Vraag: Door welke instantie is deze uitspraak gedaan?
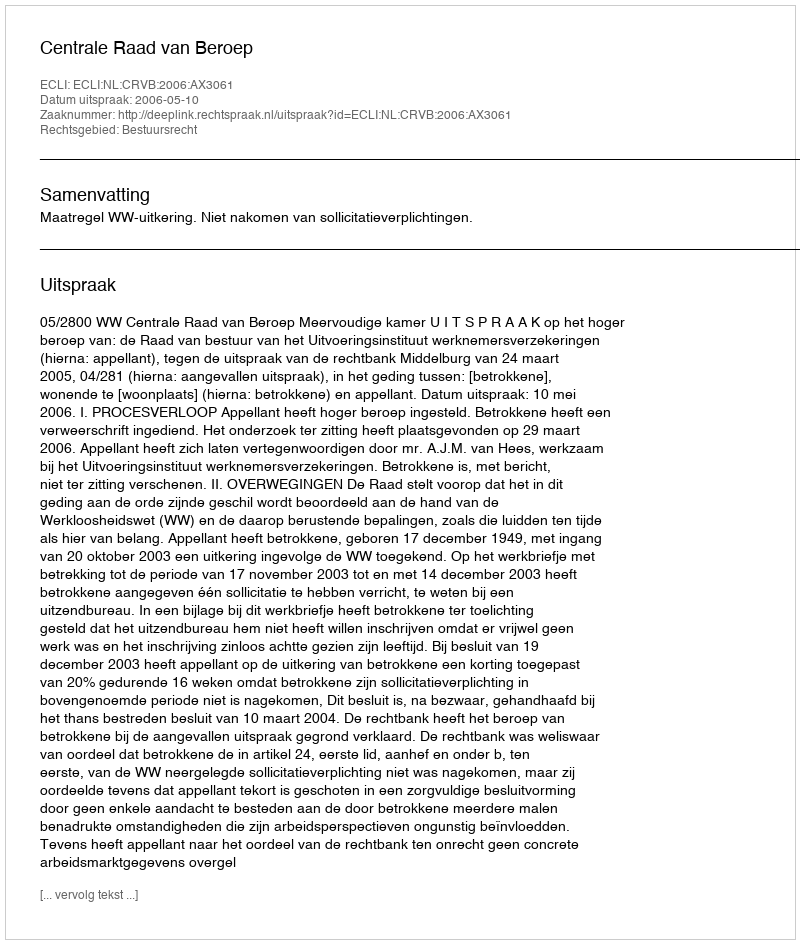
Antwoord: Centrale Raad van Beroep